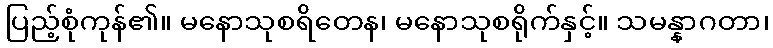
ပြည့်စုံကုန်၏။ မနောသုစရိတေန၊ မနောသုစရိုက်နှင့်။ သမန္နာဂတာ၊